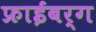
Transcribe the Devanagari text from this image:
फ्राईबर्ग